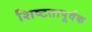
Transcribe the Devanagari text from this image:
शिष्टतापूर्वक